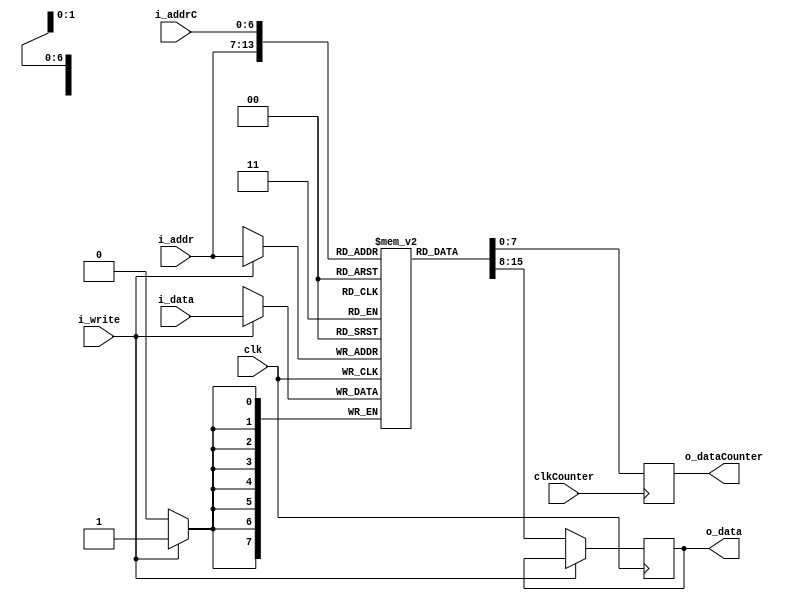
module SumSRAM_6 #(parameter ADDR_WIDTH = 7,DATA_WIDTH = 8, DEPTH = 128)( 
  input wire clk,
  input wire clkCounter,
  input wire [ADDR_WIDTH -1:0] i_addrC,
  input wire [ADDR_WIDTH -1:0] i_addr,
  input wire i_write,
  input wire [DATA_WIDTH - 1:0] i_data,
  output reg [DATA_WIDTH - 1: 0] o_data,
  output reg [DATA_WIDTH - 1: 0] o_dataCounter

);
reg [DATA_WIDTH -1:0] SumSRAM [0: DEPTH -1];

  always @(posedge clk) begin
    if (i_write) begin
      SumSRAM[i_addr] <= i_data;
    end 
    else begin
      o_data <= SumSRAM[i_addr];
    end
  end
  
   always @(negedge clkCounter) begin
      o_dataCounter <= SumSRAM[i_addrC];
  end
  
integer k; 
initial begin
  for (k = 0; k < DEPTH; k = k + 1) begin
    SumSRAM[k] <= 0;
  end
end  
endmodule